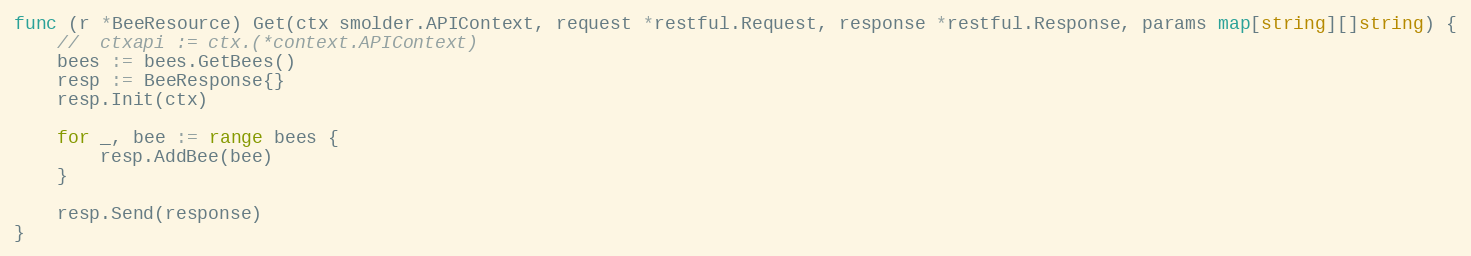
Language: Go
func (r *BeeResource) Get(ctx smolder.APIContext, request *restful.Request, response *restful.Response, params map[string][]string) {
	//	ctxapi := ctx.(*context.APIContext)
	bees := bees.GetBees()
	resp := BeeResponse{}
	resp.Init(ctx)

	for _, bee := range bees {
		resp.AddBee(bee)
	}

	resp.Send(response)
}